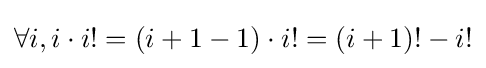
\forall i,i\cdot i!=(i+1-1)\cdot i!=(i+1)!-i!